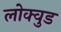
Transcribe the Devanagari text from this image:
लोक्वुड